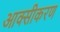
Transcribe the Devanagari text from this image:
आक्‍सीकरण